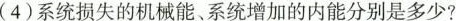
(4)系统损失的机械能、系统增加的内能分别是多少?